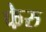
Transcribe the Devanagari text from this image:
फेरु